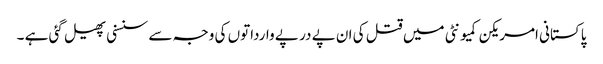
پاکستانی امریکن کمیونٹی میں قتل کی ان پے در پے وارداتوں کی وجہ سے سنسنی پھیل گئی ہے ۔